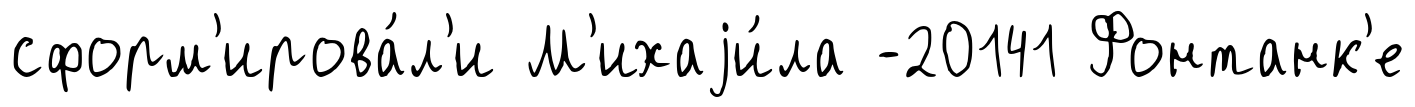
сформ'ирова́л'и М'ихаjи́ла -20141 Фонтанк'е